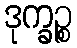
ဒုက္ခဉ္စ